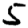
Digit: 5